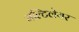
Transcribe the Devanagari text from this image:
मल्टिलेयर